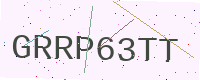
Text: GRRP63TT